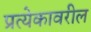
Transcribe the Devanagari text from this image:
प्रत्येकावरील